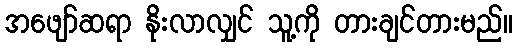
အဖျော်ဆရာ နိုးလာလျှင် သူ့ကို တားချင်တားမည်။